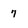
Character: 7